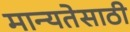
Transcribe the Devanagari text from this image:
मान्यतेसाठी